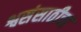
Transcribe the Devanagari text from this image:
श्वसंसाठीचा